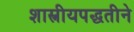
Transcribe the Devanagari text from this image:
शास्त्रीयपद्धतीने